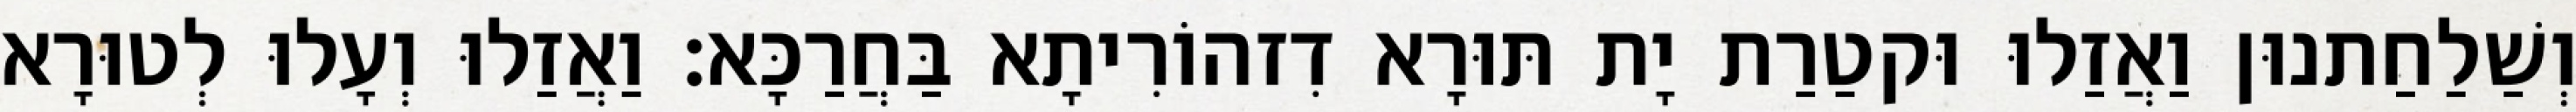
וְשַׁלַחַתנוּן וַאֲזַלוּ וּקטַרַת יָת תּוּרָא דִזהוֹרִיתָא בַּחֲרַכָּא׃ וַאֲזַלוּ וְעָלוּ לְטוּרָא